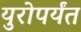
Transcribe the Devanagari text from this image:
युरोपर्यंत